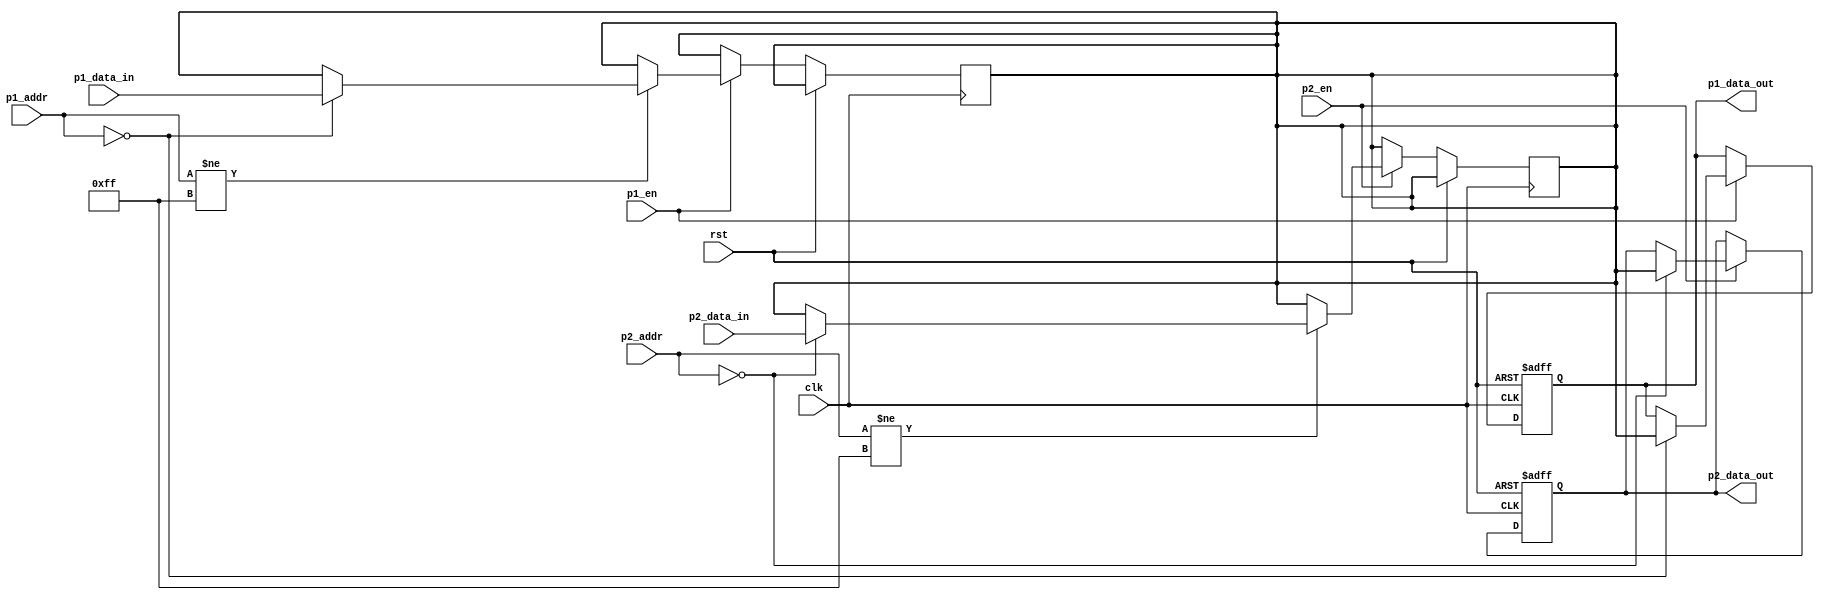
module dual_port_ram (
    input wire clk,
    input wire rst,
    
    // Port 1
    input wire p1_en,
    input wire [7:0] p1_addr,
    input wire [7:0] p1_data_in,
    output reg [7:0] p1_data_out,
    
    // Port 2
    input wire p2_en,
    input wire [7:0] p2_addr,
    input wire [7:0] p2_data_in,
    output reg [7:0] p2_data_out
    );
    
    reg [7:0] mem [0:255]; // Dual port RAM
    
    // Port 1 read/write
    always @(posedge clk or posedge rst)
    begin
        if (rst)
            p1_data_out <= 8'b0;
        else if (p1_en)
        begin
            case(p1_addr)
                8'h00: p1_data_out <= mem[0];
                // More address mapping
            endcase
            if (p1_addr != 8'hFF)
                mem[p1_addr] <= p1_data_in;
        end
    end
    
    // Port 2 read/write
    always @(posedge clk or posedge rst)
    begin
        if (rst)
            p2_data_out <= 8'b0;
        else if (p2_en)
        begin
            case(p2_addr)
                8'h00: p2_data_out <= mem[0];
                // More address mapping
            endcase
            if (p2_addr != 8'hFF)
                mem[p2_addr] <= p2_data_in;
        end
    end
    
endmodule